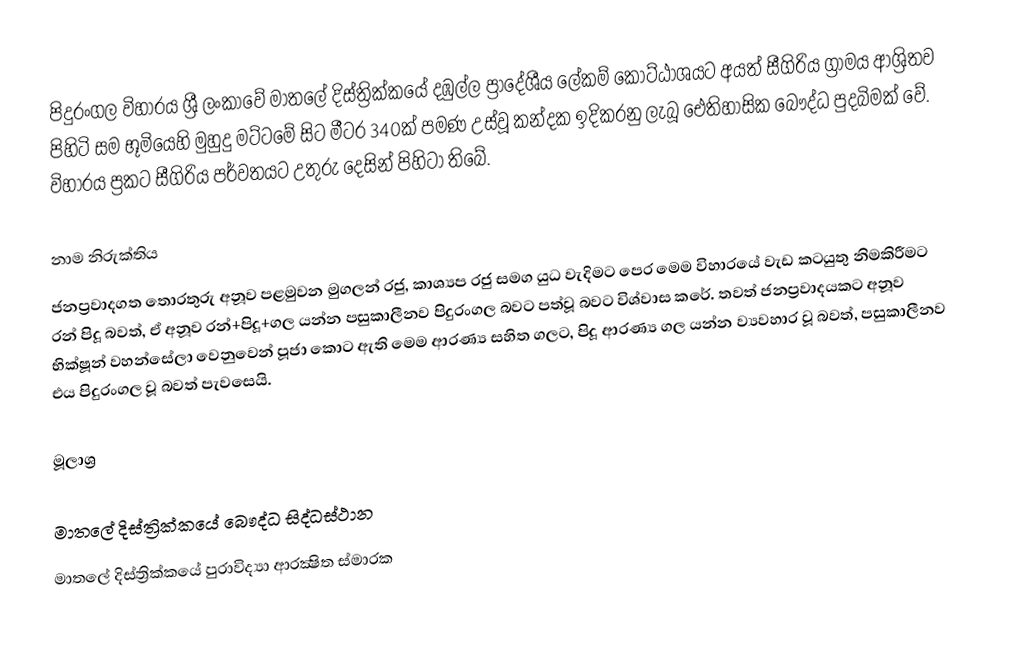
පිදුරංගල විහාරය ශ්‍රී ලංකාවේ මාතලේ දිස්ත්‍රික්කයේ දඹුල්ල ප්‍රාදේශීය ලේකම් කොට්ඨාශයට අයත් සීගිරිය ග්‍රාමය ආශ්‍රිතව පිහිටි සම භූමියෙහි මුහුදු මට්ටමේ සිට මීටර 340ක් පමණ උස්වූ කන්දක ඉදිකරනු ලැබූ ඓතිහාසික බෞද්ධ පුදබිමක් වේ. විහාරය ප්‍රකට සීගිරිය පර්වතයට උතුරු දෙසින් පිහිටා තිබේ.

නාම නිරුක්තිය
ජනප්‍රවාදගත තොරතුරු අනූව පළමුවන මුගලන් රජු, කාශ්‍යප රජු සමග යුධ වැදිමට පෙර මෙම විහාරයේ වැඩ කටයුතු නිමකිරීමට රන් පිදූ බවත්, ඒ අනූව රන්+පිදූ+ගල යන්න පසුකාලීනව පිදුරංගල බවට පත්වූ බවට විශ්වාස කරේ. තවත් ජනප්‍රවාදයකට අනූව භික්ෂූන් වහන්සේලා වෙනුවෙන් පූජා කොට ඇති මෙම ආරණ්‍ය සහිත ගලට, පිදූ ආරණ්‍ය ගල යන්න ව්‍යවහාර වූ බවත්, පසුකාලීනව එය පිදුරංගල වූ බවත් පැවසෙයි.

මූලාශ්‍ර

මාතලේ දිස්ත්‍රික්කයේ බෞද්ධ සිද්ධස්ථාන
මාතලේ දිස්ත්‍රික්කයේ පුරාවිද්‍යා ආරක්‍ෂිත ස්මාරක